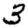
Digit: 3